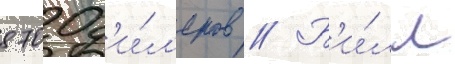
8700 д'и́л'еров // Б'и́лл